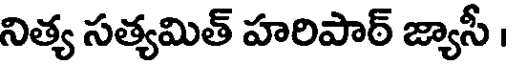
నిత్య సత్యమిత్ హరిపార్ జ్యాసీ